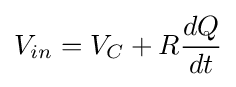
V_{in}=V_{C}+R{\frac {dQ}{dt}}